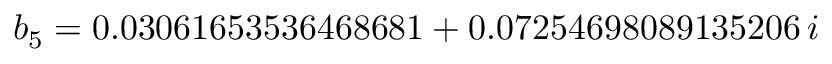
b _ { 5 } = 0 . 0 3 0 6 1 6 5 3 5 3 6 4 6 8 6 8 1 + 0 . 0 7 2 5 4 6 9 8 0 8 9 1 3 5 2 0 6 \, i